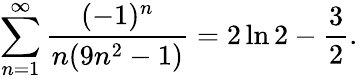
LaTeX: \sum_{n=1}^{\infty}{\frac{(-1)^{n}}{n(9n^{2}-1)}}=2\ln 2-{\frac{3}{2}}.